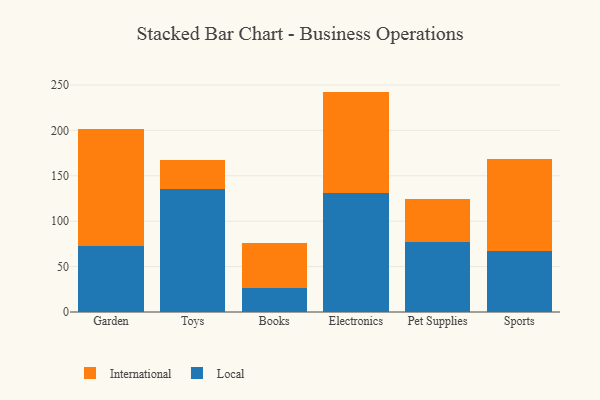
{"axis": {"x": "Category", "y": "Waste Production (Tons)"}, "legend": ["International", "Local"], "data": [{"x": "Garden", "y": 72.9, "type": "Local"}, {"x": "Garden", "y": 128.2, "type": "International"}, {"x": "Toys", "y": 135.3, "type": "Local"}, {"x": "Toys", "y": 32.3, "type": "International"}, {"x": "Books", "y": 26.0, "type": "Local"}, {"x": "Books", "y": 50.3, "type": "International"}, {"x": "Electronics", "y": 130.7, "type": "Local"}, {"x": "Electronics", "y": 112.0, "type": "International"}, {"x": "Pet Supplies", "y": 76.7, "type": "Local"}, {"x": "Pet Supplies", "y": 47.3, "type": "International"}, {"x": "Sports", "y": 67.3, "type": "Local"}, {"x": "Sports", "y": 101.0, "type": "International"}]}